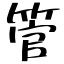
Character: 管